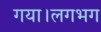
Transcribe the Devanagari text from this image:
गया।लगभग